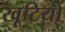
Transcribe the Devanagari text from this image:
खूटियों